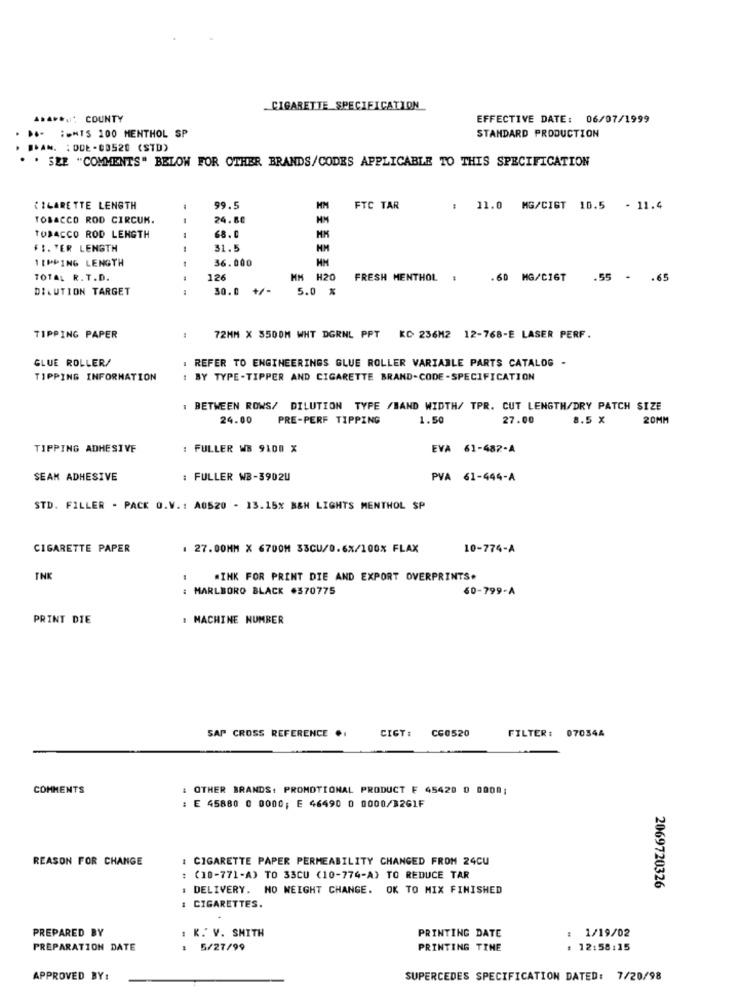
CIGARETTE SPECIFICATION
A.A **,; COUNTY
EFFECTIVE DATE: 06/07/1999
. D .- : MIS 100 MENTHOL SP
STANDARD PRODUCTION
. SAN. : ODE -88520 (STD)
. . SEE "COMMENTS" BELOW FOR OTHER BRANDS/CODES APPLICABLE TO THIS SPECIFICATION
CIGARETTE LENGTH
99.5
FTC TAR
: 11.0 MG/CIGT 10.5 - 11.4
TOBACCO ROD CIRCUM.
24.80
TOBACCO ROD LENGTH
68.0
FI. TER LENGTH
31.5
TIPPING LENGTH
36.000
TOTAL R.T.D.
126
HM H20
FRESH MENTHOL
.60 MG/C16T
.55 -
.65
DILUTION TARGET
30.0
5.0 %
TIPPING PAPER
72MM X 5500M WHT DGRNL PPT KC 236M2 12-768-E LASER PERF.
GLUE ROLLER/
: REFER TO ENGINEERINGS GLUE ROLLER VARIABLE PARTS CATALOG -
TIPPING INFORMATION
: BY TYPE-TIPPER AND CIGARETTE BRAND-CODE -SPECIFICATION
: BETWEEN ROWS/ DILUTION TYPE /BAND WIDTH/ TPR. CUT LENGTH/DRY PATCH SIZE
24.00
PRE-PERF TIPPING
1.50
27.00
8.5 X
20MM
TIPPING ADHESIVE
: FULLER WB 9100 X
EVA 61-482-A
SEAK ADHESIVE
: FULLER WB-3902U
PVA 61-444-A
STD. FILLER - PACK O.V .: A0520 - 13.15% B&H LIGHTS MENTHOL SP
CIGARETTE PAPER
. 27.00MM X 6700M 33CU/0.6X/100% FLAX
10-774-A
INK
#INK FOR PRINT DIE AND EXPORT OVERPRINTS.
: MARLBORO BLACK #370775
60-799-A
PRINT DIE
: MACHINE NUMBER
CIGT:
C60520
FILTER: 070344
SAP CROSS REFERENCE ..
COMMENTS
: OTHER BRANDS: PROMOTIONAL PRODUCT F 45428 0 0000;
: E 45880 0 0000; E 46490 0 0000/3261F
REASON FOR CHANGE
: CIGARETTE PAPER PERMEABILITY CHANGED FROM 24CU
: (10-771-A) TO 33CU (10-774-A) TO REDUCE TAR
DELIVERY. NO WEIGHT CHANGE. OK TO MIX FINISHED
2069720326
: CIGARETTES.
PREPARED BY
: K. V. SMITH
PRINTING DATE
: 1/19/02
PREPARATION DATE
: 5/27/99
PRINTING TINE
: 12:58:15
APPROVED BY:
SUPERCEDES SPECIFICATION DATED: 7/20/98